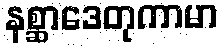
နစ္ဆာဒေတုကာမာ